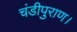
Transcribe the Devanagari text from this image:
चंडीपुराण।